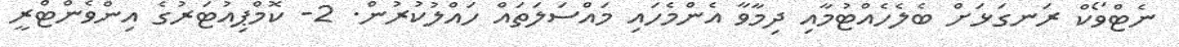
ނެޓްވޯކް ރަނގަޅަށް ބެލެހެއްޓުމާއި ދިމާވާ އެންމެހައި މައްސަލަތައް ހައްލުކުރުން. 2- ކޮމްޕިއުޓަރުގެ އިންވެންޓްރީ